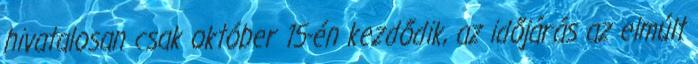
hivatalosan csak október 15-én kezdődik, az időjárás az elmúlt